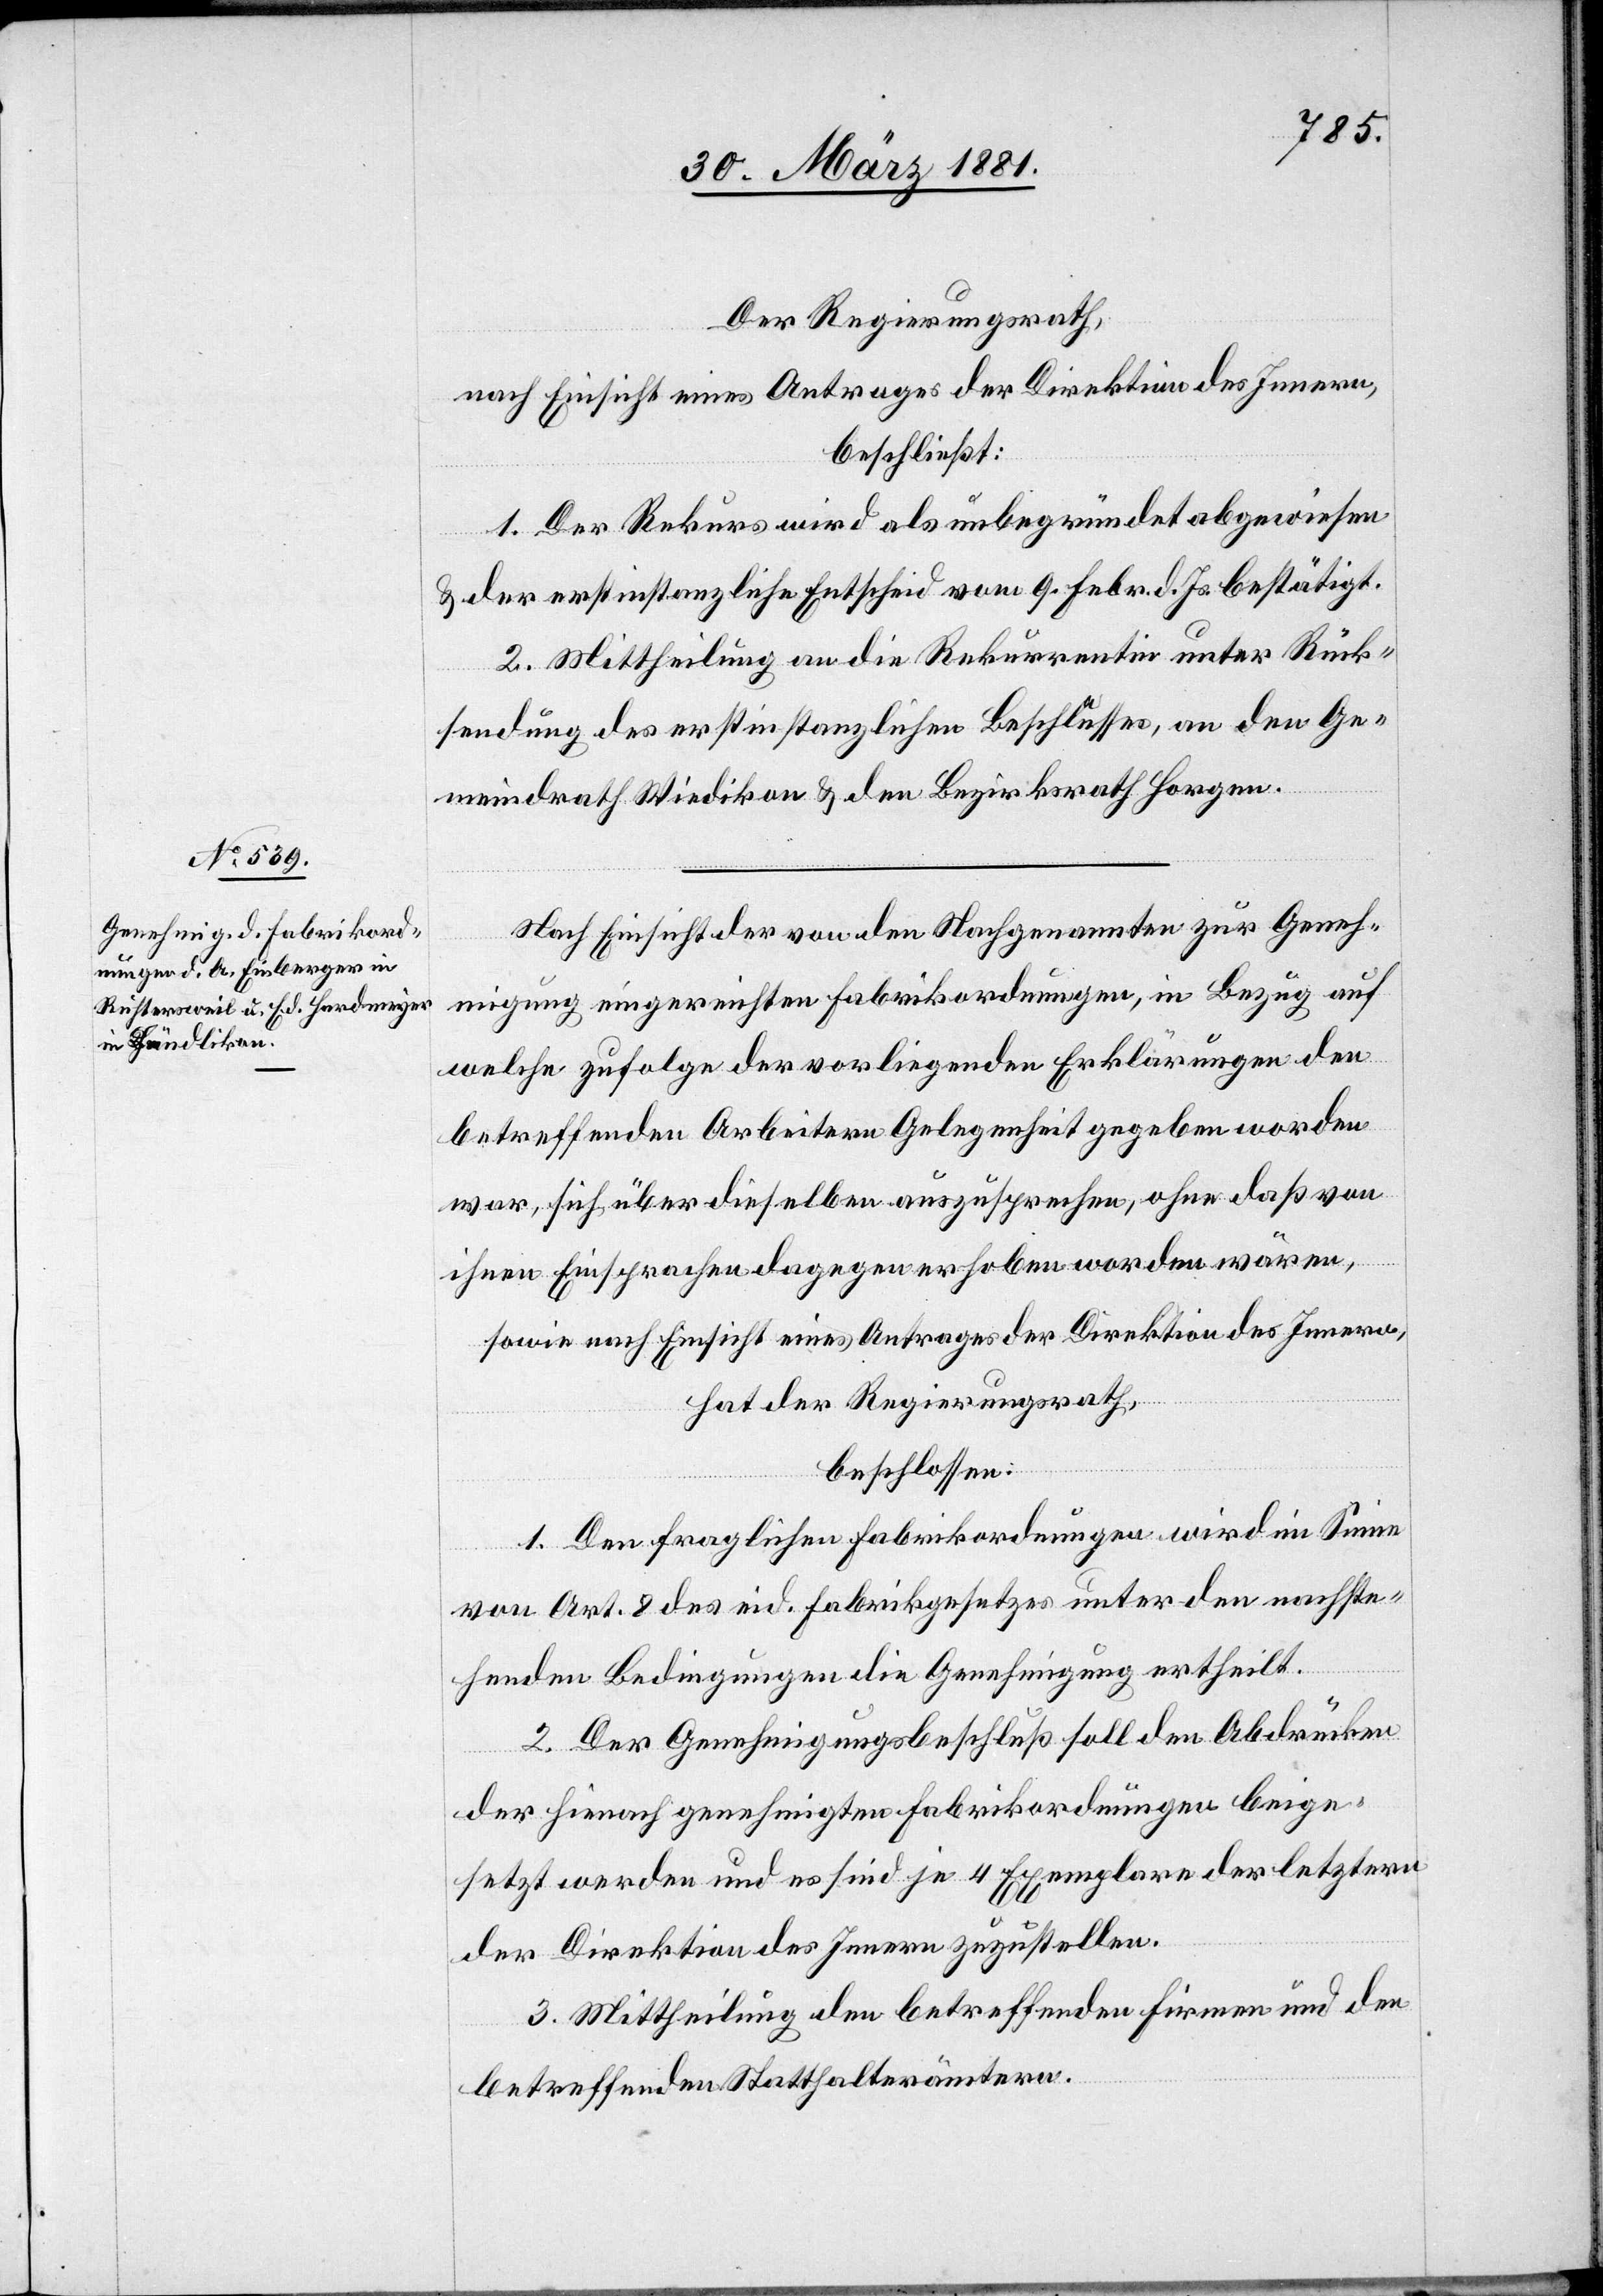
Der Regierungsrath,
nach Einsicht eines Antrages der Direktion des Innern,
beschließt:
1. Der Rekurs wird als unbegründet abgewiesen
& der erstinstanzliche Entscheid vom 9. Febr. d. Js. bestätigt.
2. Mittheilung an die Rekurrentin unter Rück¬
sendung des erstinstanzlichen Beschlusses, an den Ge¬
meindrath Wiedikon & den Bezirksrath Horgen.
Nach Einsicht der von den Nachgenannten zur Geneh¬
migung eingereichten Fabrikordnungen, in Bezug auf
welche zufolge der vorliegenden Erklärungen den
betreffenden Arbeitern Gelegenheit gegeben worden
war, sich über dieselben auszusprechen, ohne daß von
ihnen Einsprachen dagegen erhoben worden wären,
sowie nach Einsicht eines Antrages der Direktion des Innern,
hat der Regierungsrath,
beschlossen:
1. Den fraglichen Fabrikordnungen wird im Sinne
von Art. 8 des eid. Fabrikgesetzes unter den nachste¬
henden Bedingungen die Genehmigung ertheilt.
2. Der Genehmigungsbeschluß soll den Abdrücken
der hienach genehmigten Fabrikordnungen beige¬
setzt werden und es sind je 4 Exemplare der letztern
der Direktion des Innern zuzustellen.
3. Mittheilung den betreffenden Firmen und den
betreffenden Statthalterämtern.